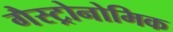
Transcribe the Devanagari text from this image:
गैस्ट्रोनोमिक